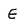
Character: E